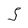
Character: 5